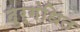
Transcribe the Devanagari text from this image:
दुर्गंधित